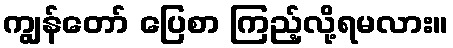
ကျွန်တော် ပြေစာ ကြည့်လို့ရမလား။